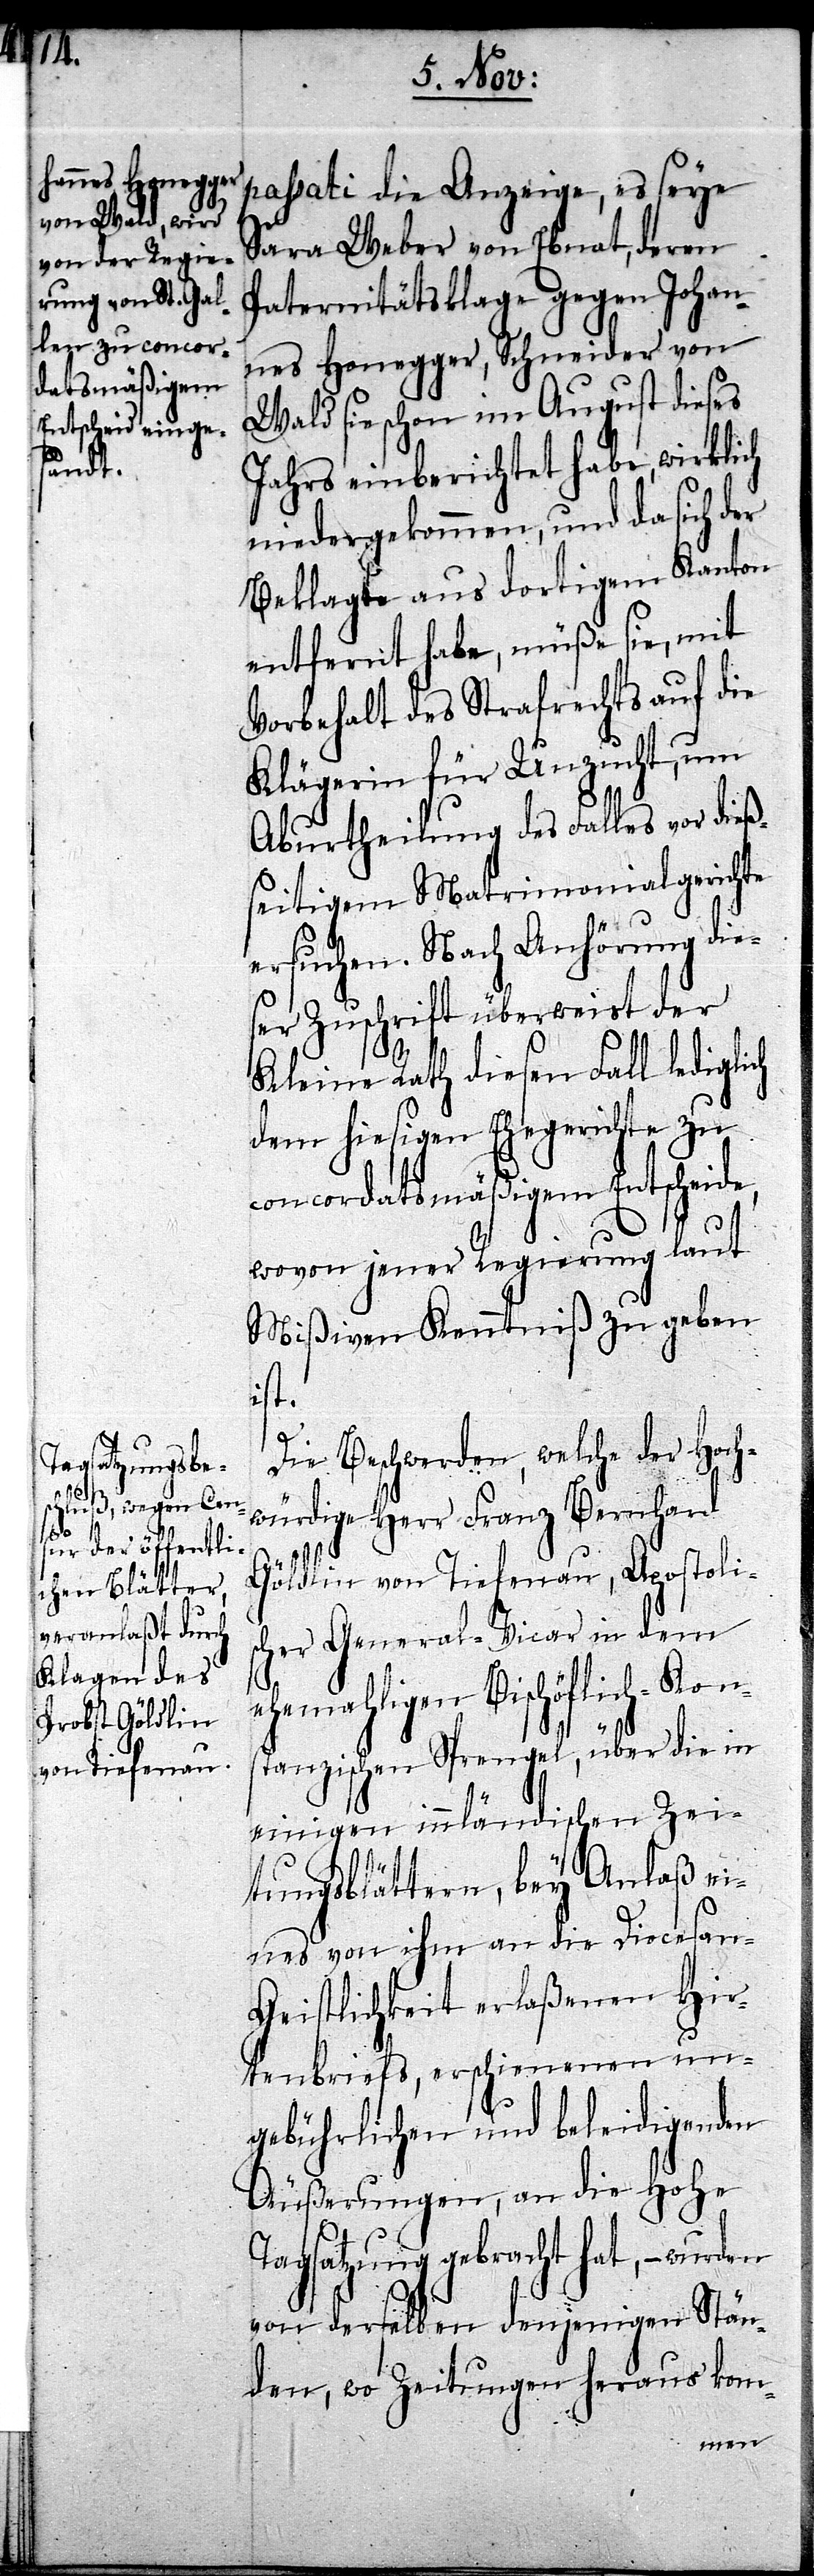
passati die Anzeige, es seye
Sara Weber von Ebnat, deren
Paternitätsklage gegen Johan¬
nes Honegger, Schneider von
Wald sie schon im August dieses
Jahrs einberichtet habe, wirklich
niedergekommen, und da sich der
Beklagte aus dortigem Kanton
entfernt habe, müße sie, mit
Vorbehalt des Strafrechts auf die
Klägerin für Unzucht, um
Aburtheilung des Falles vor dieß¬
eitigem Matrimonialgerichte
ersuchen. Nach Anhörung die¬
ser Zuschrift überweist der
Kleine Rath diesen Fall lediglich
dem hiesigen Ehegerichte zu
concordatsmäßigem Entscheide,
wovon jener Regierung laut
Mißiven Kenntniß zu geben
ist.
Die Beschwerden, welche der Hoch¬
würdige Herr Franz Bernhard
Göldlin von Tiefenau, Apostoli¬
scher General-Vicar in dem
ehemahligen Bischöflich-Kons¬
tanzischen Sprengel, über die in
einigen innländischen Zei¬
tungsblättern, bey Anlaß ei¬
nes von ihm an die Diocesan-G¬
eistlichkeit erlaßenen Hir¬
tenbriefs, erschienenen un¬
gebührlichen und beleidigenden
Äußerungen, an die Hohe
Tagsatzung gebracht hat, – wurden
von derselben denjenigen Stän¬
den, wo Zeitungen heraus kom-